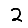
Digit: 2